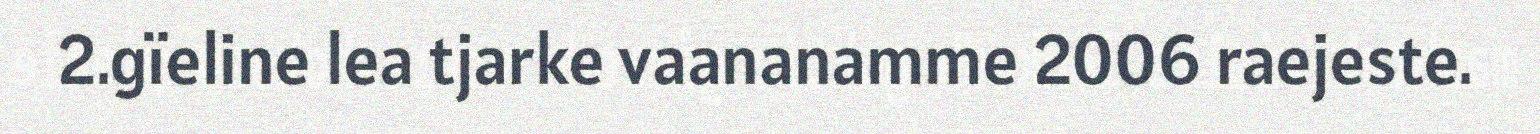
2.gïeline lea tjarke vaananamme 2006 raejeste.